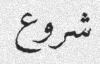
شروع